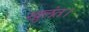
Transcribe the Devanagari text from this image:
खुलंत।